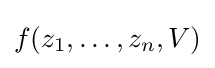
f(z_{1},\dots ,z_{n},V)